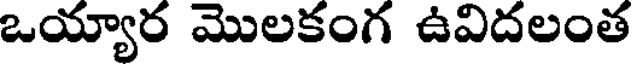
ఒయ్యార మొలకంగ ఉవిదలంత